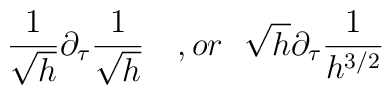
\frac{1}{\sqrt{h}}\partial_{\tau}\frac{1}{\sqrt{h}}\ \ \ , or \ \ \sqrt{h}\partial_{\tau}\frac{1}{h^{3/2}}